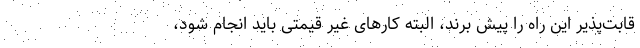
قابت‌پذیر این راه را پیش برند، البته کارهای غیر قیمتی باید انجام شود،